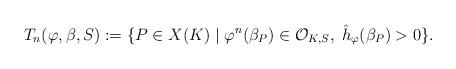
LaTeX: \begin{align*} T_n(\varphi,\beta,S):=\{P\in X(K)\;|\; \varphi^n(\beta_P)\in\mathcal{O}_{K,S},\;\hat{h}_{\varphi}(\beta_P)>0\}.\end{align*}